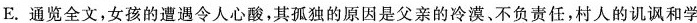
E、通览全文，女孩的造型令人心酸，其孤独的原因是父亲的冷、不负责任，村人的讥讽和学